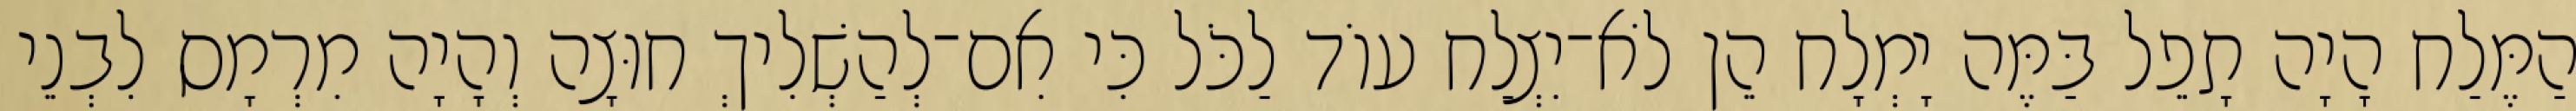
הַמֶּלַח הָיָה תָפֵל בַּמֶּה יָמְלָח הֵן לֹא־יִצְלַח עוֹד לַכֹּל כִּי אִם־לְהַשְׁלִיךְ חוּצָה וְהָיָה מִרְמָס לִבְנֵי